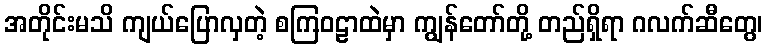
အတိုင်းမသိ ကျယ်ပြောလှတဲ့ စကြဝဠာထဲမှာ ကျွန်တော်တို့ တည်ရှိရာ ဂလက်ဆီတွေ၊